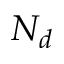
N _ { d }